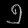
Digit: ၅